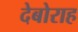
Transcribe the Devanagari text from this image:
देबोराह